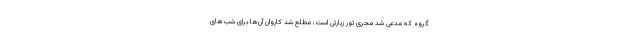
گروه که مدعی شد مجری تور زیارتی است، مطلع شد کاروان آن‌ها برای شب‌های